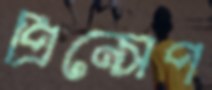
প্রিন্সেপ